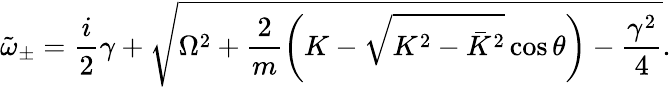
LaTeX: \tilde{\omega}_{\pm}=\frac{i}{2}\gamma+\sqrt{\Omega^{2}+\frac{2}{m}\left(K-\sqrt{K^{2}-\bar{K}^{2}}\cos\theta\right)-\frac{\gamma^{2}}{4}}.